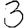
Digit: 3